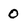
Character: 0